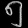
Digit: ၅